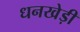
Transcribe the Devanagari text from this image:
धनखेड़ी